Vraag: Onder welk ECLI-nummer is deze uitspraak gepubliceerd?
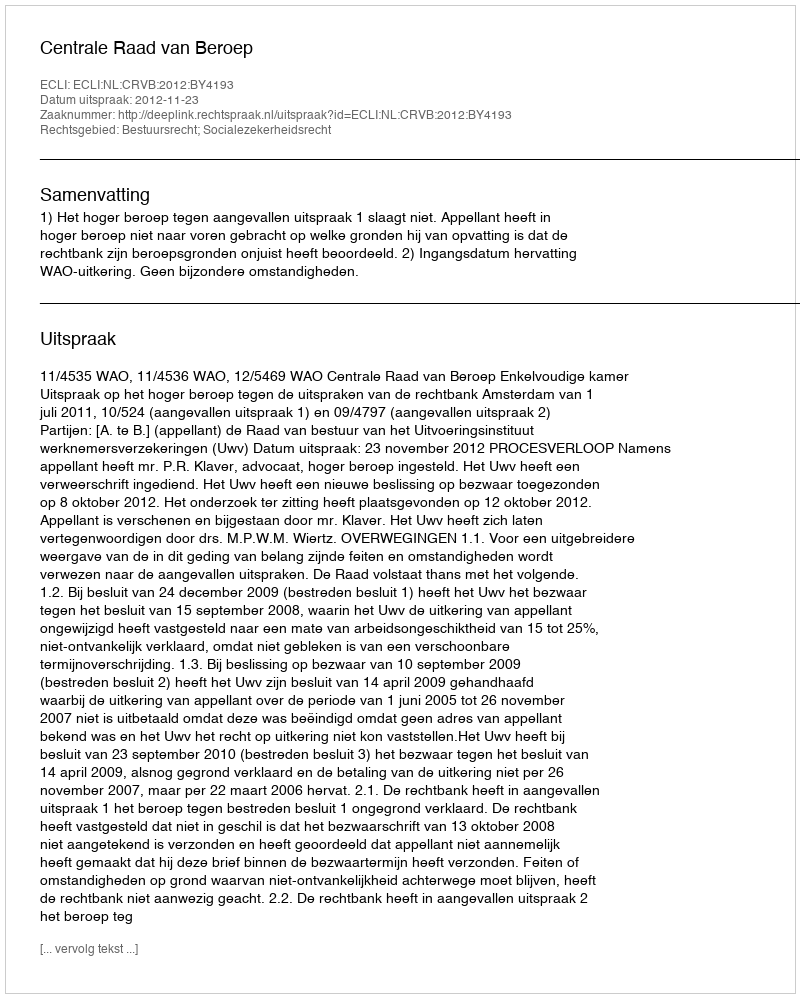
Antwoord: ECLI:NL:CRVB:2012:BY4193